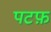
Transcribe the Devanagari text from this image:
पटफ़